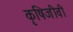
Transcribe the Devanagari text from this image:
कृषिजीवी